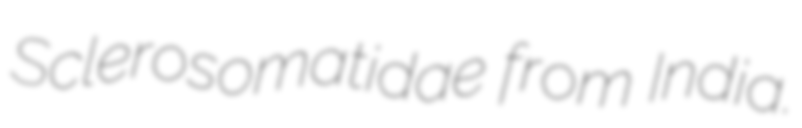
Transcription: Sclerosomatidae from India.